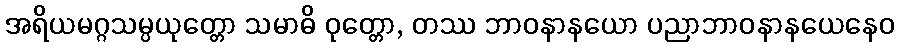
အရိယမဂ္ဂသမ္ပယုတ္တော သမာဓိ ဝုတ္တော, တဿ ဘာဝနာနယော ပညာဘာဝနာနယေနေဝ